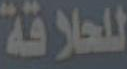
للعلاقة